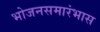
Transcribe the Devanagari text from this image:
भोजनसमारंभास